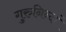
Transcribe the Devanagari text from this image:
गुरुनिन्दां